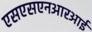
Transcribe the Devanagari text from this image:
एसएसएनआरआई